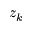
z _ { k }